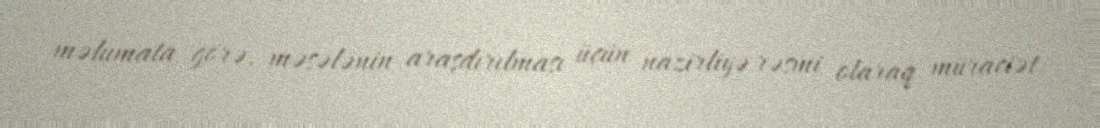
məlumata görə, məsələnin araşdırılması üçün nazirliyə rəsmi olaraq müraciət